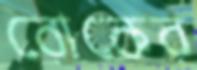
রোকের